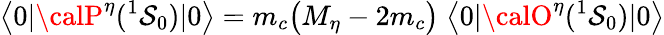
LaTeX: \big\langle0|{\calP}^{\eta}({}^{1}\mathcal{S}_{0})|0\big\rangle=m_{c}\big(M_{\eta}-2m_{c}\big)\; \big\langle0|{\calO}^{\eta}({}^{1}\mathcal{S}_{0})|0\big\rangle